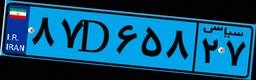
۸۷D۶۵۸۲۷